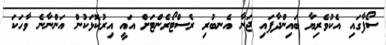
ސޯފާގައި އެކުވެރިޔާ ބައިންދާފައި ޖަނާ އެނބުރި ރެސްޓޯރެންޓަށް އައީ އިރުކޮޅަކުން އަންނާނެ ވާހަކަ